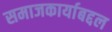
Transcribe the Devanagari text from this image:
समाजकार्याबद्दल